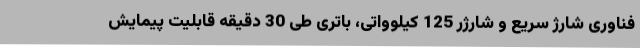
فناوری شارژ سریع و شارژر 125 کیلوواتی، باتری طی 30 دقیقه قابلیت پیمایش